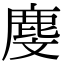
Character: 𪊓